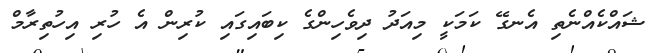
ޝައްކެއްނެތި އެނގޭ ކަމަކީ މިއަދު ދިވެހިންގެ ކިބައިގައި ކުރިން އެ ހުރި އިހުތިރާމް